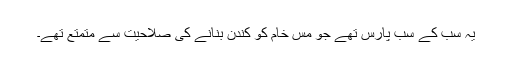
یہ سب کے سب پارس تھے جو مس خام کو کندن بنانے کی صلاحیت سے متمتع تھے۔